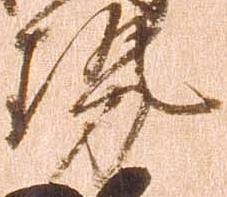
勢